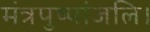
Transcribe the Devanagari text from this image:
मंत्रपुष्पांजलि।